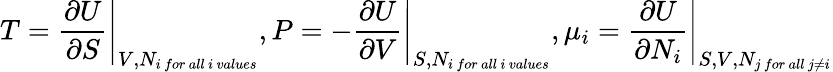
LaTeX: T=\left.{\frac{\partial U}{\partial S}}\right\vert_{V,N_{i\ for\ all\ i\ values}},P=\left.-{\frac{\partial U}{\partial V}}\right\vert_{S,N_{i\ for\ all\ i\ values}},\mu_{i}=\left.{\frac{\partial U}{\partial N_{i}}}\right\vert_{S,V,N_{j\ for\ all\ j\neq i}}